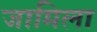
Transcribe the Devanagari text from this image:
जामिला